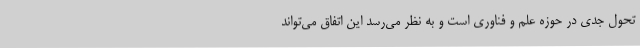
تحول جدی در حوزه علم و فناوری است و به نظر می‌رسد این اتفاق می‌تواند